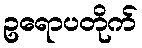
ဥရောပတိုက်